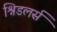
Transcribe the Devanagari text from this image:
श्निडलर्स